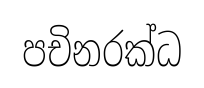
පචිනරක්ධ